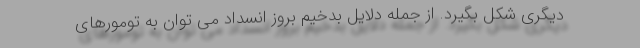
دیگری شکل بگیرد. از جمله دلایل بدخیم بروز انسداد می توان به تومورهای